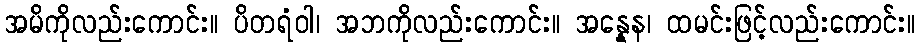
အမိကိုလည်းကောင်း။ ပိတရံဝါ၊ အဘကိုလည်းကောင်း။ အန္နေန၊ ထမင်းဖြင့်လည်းကောင်း။